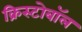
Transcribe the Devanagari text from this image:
क्रिस्टोबॉल